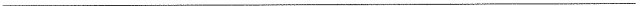
___